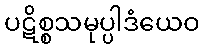
ပဋိစ္စသမုပ္ပါဒံယေဝ